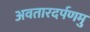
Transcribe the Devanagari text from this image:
अवतारदर्पणमु